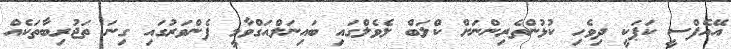
އޭއެފްސީ ކަޕަކީ ދިވެހި ކުޅުންތެރިންނަށް ކްލަބް ލެވެލްގައި ބައިނަލްއަގްވާމީ ފެންވަރުގައި ގިނަ ތަޖުރިބާތަކެއް